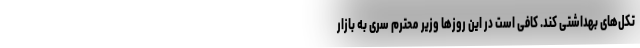
تکل‌های بهداشتی کند. کافی است در این روزها وزیر محترم سری به بازار